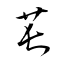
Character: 萇